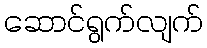
ဆောင်ရွက်လျက်